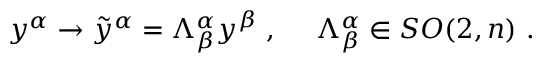
{ y } ^ { \alpha } \rightarrow \tilde { y } ^ { \alpha } = \Lambda _ { \beta } ^ { \alpha } y ^ { \beta } ~ , ~ ~ ~ ~ \Lambda _ { \beta } ^ { \alpha } \in S O ( 2 , n ) ~ .